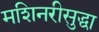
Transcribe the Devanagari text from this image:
मशिनरीसुद्धा